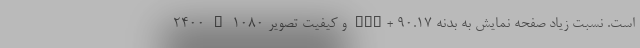
2400 x 1080 و کیفیت تصویر FHD+ است. نسبت زیاد صفحه نمایش به بدنه 90.17